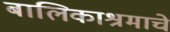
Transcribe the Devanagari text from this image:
बालिकाश्रमाचे